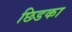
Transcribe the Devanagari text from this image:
छिडका